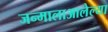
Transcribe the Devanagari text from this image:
जन्मालाआलेल्या